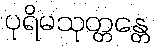
ပုရိမသုတ္တန္တေ